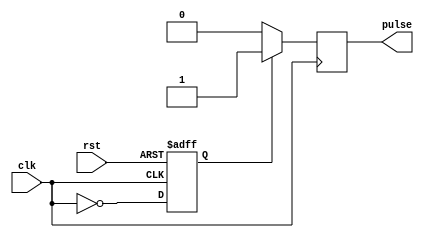
module FallingEdgePulseGenerator (
    input wire clk,        // Clock signal
    input wire rst,        // Reset signal
    output reg pulse       // Falling edge pulse output
);

reg trigger; // Trigger signal for synchronization block

// Timing control block - generates pulse on falling edge of clock
always @ (posedge clk or posedge rst)
begin
    if (rst)
        trigger <= 1'b0;
    else
        trigger <= ~clk;
end

// Synchronization block - aligns pulse to specific clock cycle
always @ (posedge clk)
begin
    if (trigger)
        pulse <= 1'b1;
    else
        pulse <= 1'b0;
end

endmodule